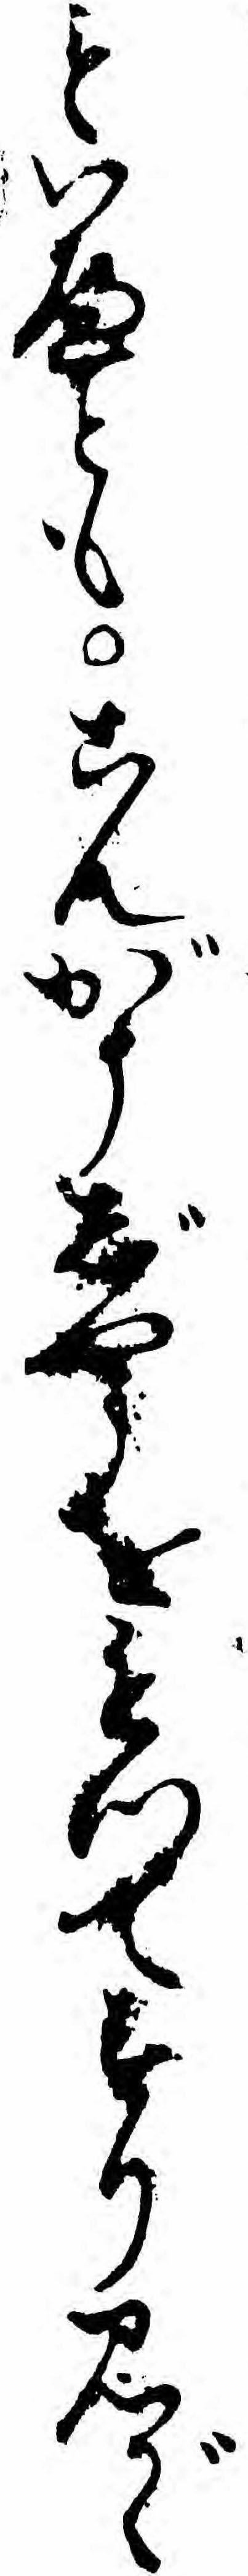
といへともこんがうじやうをもつてすりみがゝ